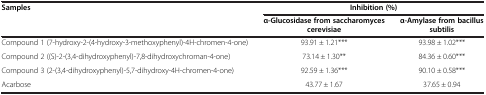
<table><thead><tr><td rowspan="2"><b>Samples</b></td><td colspan="2"><b>Inhibition (%)</b></td></tr><tr><td><b>α-Glucosidase from saccharomyces cerevisiae</b></td><td><b>α-Amylase from bacillus subtilis</b></td></tr></thead><tbody><tr><td>Compound 1 (7-hydroxy-2-(4-hydroxy-3-methoxyphenyl)-4H-chromen-4-one)</td><td>93.91 ± 1.21***</td><td>93.98 ± 1.02***</td></tr><tr><td>Compound 2 ((S)-2-(3,4-dihydroxyphenyl)-7,8-dihydroxychroman-4-one)</td><td>73.14 ± 1.30**</td><td>84.36 ± 0.60***</td></tr><tr><td>Compound 3 (2-(3,4-dihydroxyphenyl)-5,7-dihydroxy-4H-chromen-4-one)</td><td>92.59 ± 1.36***</td><td>90.10 ± 0.58***</td></tr><tr><td>Acarbose</td><td>43.77 ± 1.67</td><td>37.65 ± 0.94</td></tr></tbody></table>